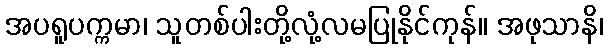
အပရူပက္ကမာ၊ သူတစ်ပါးတို့လုံ့လမပြုနိုင်ကုန်။ အဖုသာနိ၊